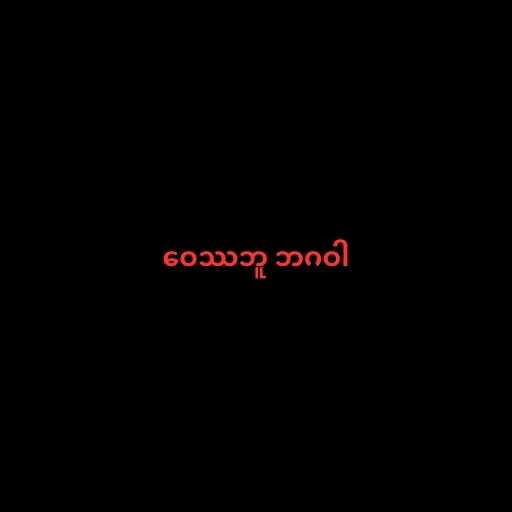
ဝေဿဘူ ဘဂဝါ